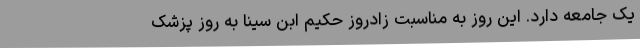
یک جامعه دارد. این روز به مناسبت زادروز حکیم ابن سینا به روز پزشک